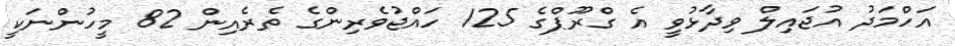
އަހްމަދު އުޖައިލް ވިދާޅުވީ އެ ގްރޫޕްގެ 125 ހައްޖުވެރިންގެ ތެރެއިން 82 މީހުންނަކީ